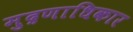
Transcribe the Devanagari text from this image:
मुद्रणाधिकार